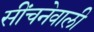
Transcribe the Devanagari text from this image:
सींचनेवाली